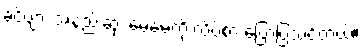
ခင်ဗျား အနည်းဆုံး မေမေ့ကို လိပ်စာ ပြောပြသင့်တယ်။